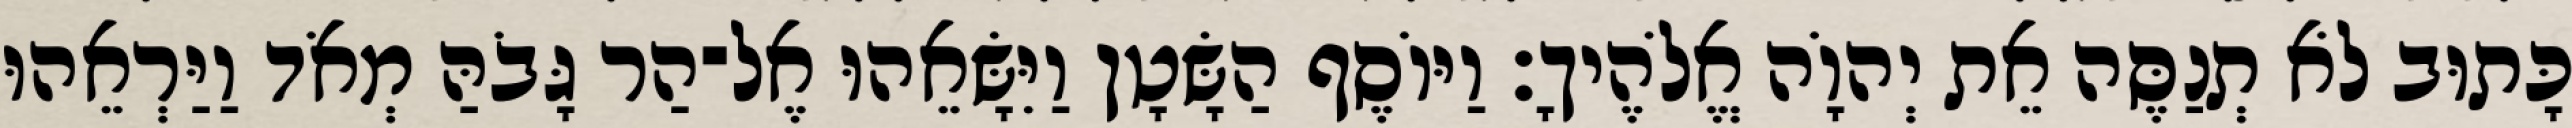
כָּתוּב לֹא תְנַסֶּה אֵת יְהוָֹה אֱלֹהֶיךָ׃ וַיּוֹסֶף הַשָּׂטָן וַיִּשָּׂאֵהוּ אֶל־הַר גָּבֹהַּ מְאֹד וַיַּרְאֵהוּ